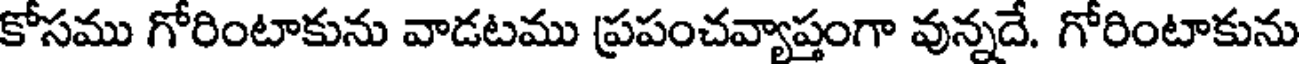
కోసము గోరింటాకును వాడటము ప్రపంచవ్యాప్తంగా వున్నదే. గోరింటాకును